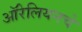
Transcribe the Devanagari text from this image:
ऑरेलियनचे